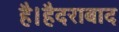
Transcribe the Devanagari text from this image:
है।हैदराबाद